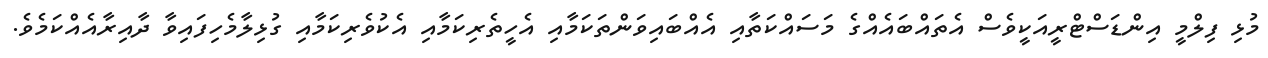
މުޅި ފިލްމީ އިންޑަސްޓްރީއަކީވެސް އެތައްބައެއްގެ މަސައްކަތާއި އެއްބައިވަންތަކަމާއި އެހީތެރިކަމާއި އެކުވެރިކަމާއި ގުޅިލާމެހިފައިވާ ދާއިރާއެއްކަމެވެ.